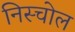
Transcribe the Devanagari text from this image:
निस्चोल